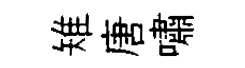
雉唐嘯